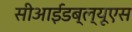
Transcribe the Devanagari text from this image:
सीआईडब्‍ल्‍यूएस